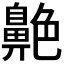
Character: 𦫱